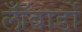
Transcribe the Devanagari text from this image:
लॉँबार्डो